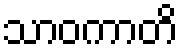
သာဝကာတိ